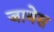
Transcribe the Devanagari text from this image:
जायेस